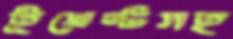
ইভেন্টসহ